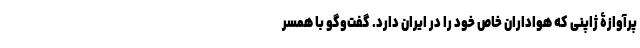
پرآوازۀ ژاپنی که هواداران خاص خود را در ایران دارد. گفت‌و‌گو با همسر